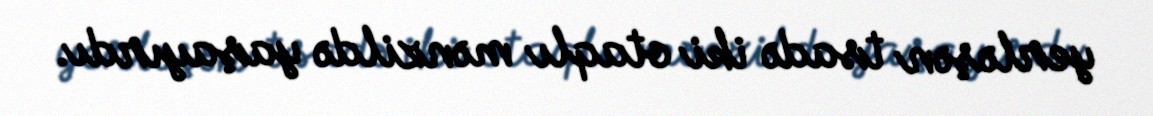
yerləşən tsadə iki otaqlı mənzildə yaşayırdı.